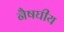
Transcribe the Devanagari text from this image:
नैषघीय